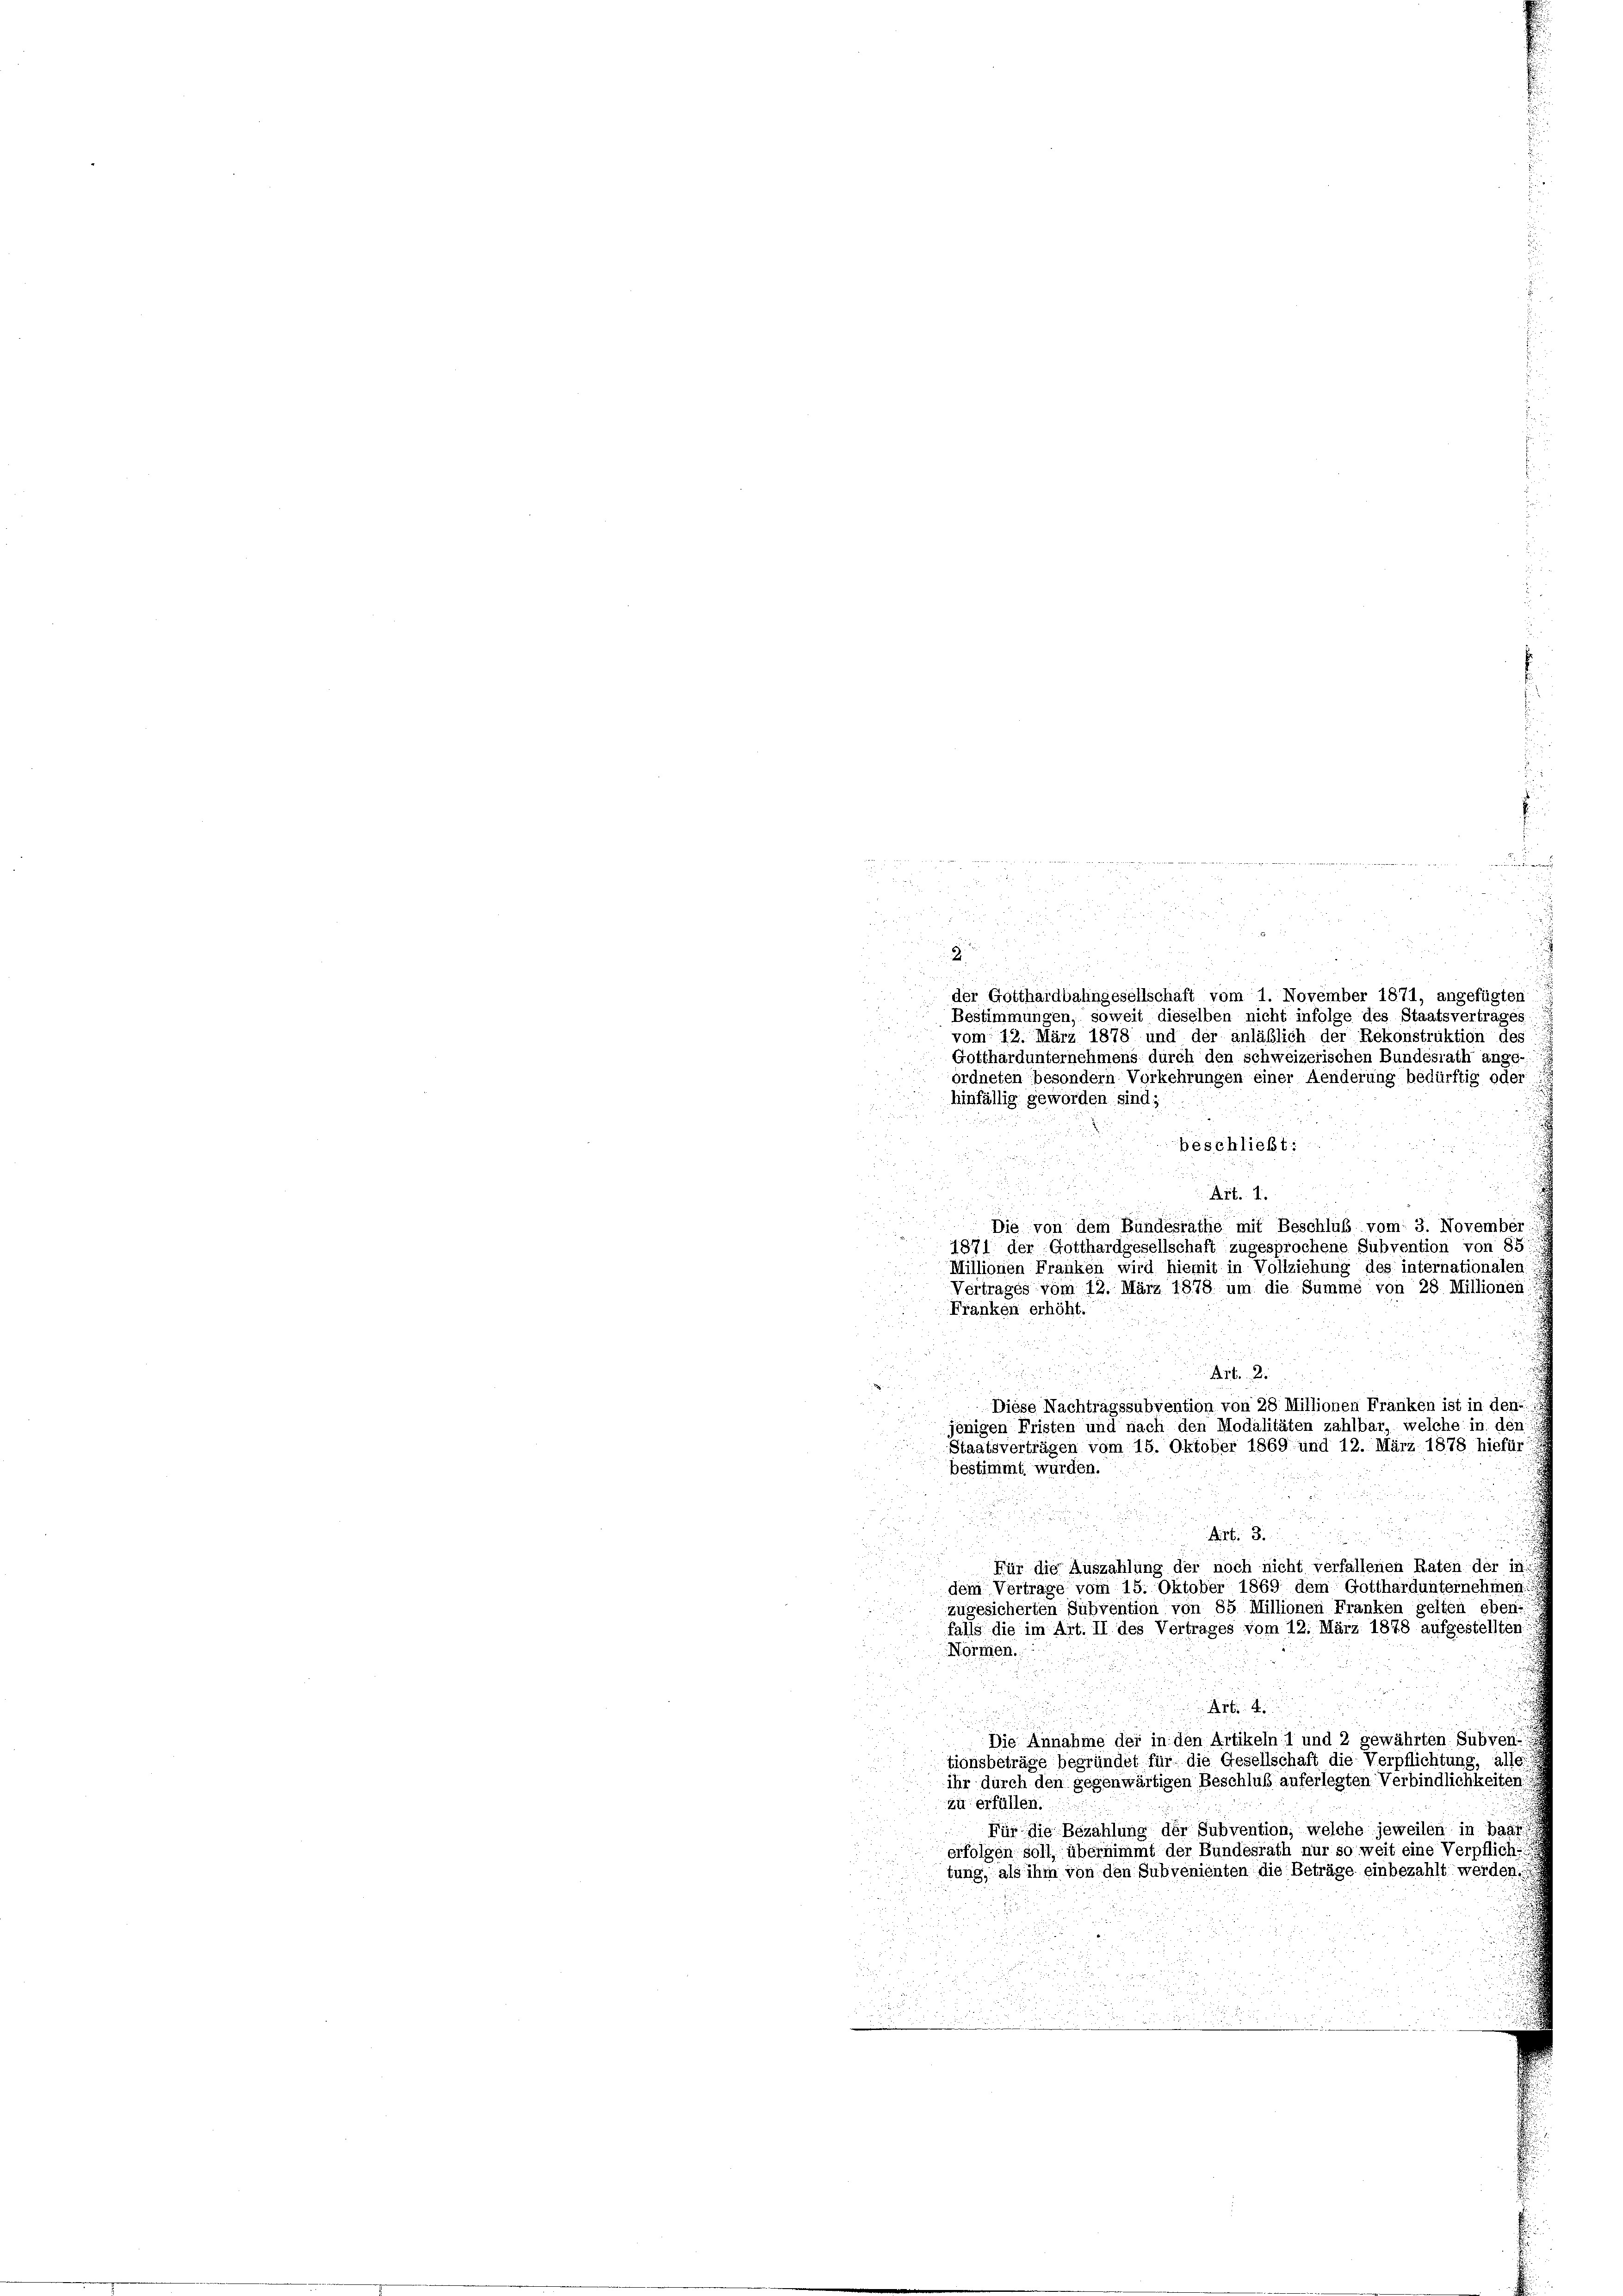
e

e

4
B
22
53
.

.

 0 x
85.

der Gotthardbahngesellschaft vom 1. November 1871, angefügten
Bestimmungen, soweit dieselben nicht infolge des Staatsvertrages
vom 12. März 1878 und der anläßlich der Rekonstruktion des
Gotthardunternehmens durch den schweizerischen Bundesrath ange-
ordneten besondern Vorkehrungen einer Aenderung bedürftig oder
Normen.
i
Art.
subve
Die Annahme der in den Artikeln 1 und
tionsbeträge begründet für die Gesellschaft die Verpflichtung, alle
ihr durch den gegenwärtigen Beschluß auferlegten Verbindlichkeiten
zu erfüllen.
Für die Bezahlung der Subvention, welche jeweilen in baar
erfolgen soll, übernimmt der Bundesrath nur so weit eine Verpfliche
tung, als ihm von den Subvenienten die Beträge einbezahlt werden;

hinfällig geworden sind;

beschließt:
n
Art. 1.
Die von dem Bundesrathe mit Beschluß vom 3. November
1871 der Gotthardgesellschaft zugesprochene Subvention von 85
Millionen Franken wird hiemit in Vollziehung des internationalen
Vertrages vom 12. März 1878 um die Summe von 28. Millionen
Franken erhöht.
Art. 2.
Diese Nachtragssubvention von 28 Millionen Franken ist in den
jenigen Fristen und nach den Modalitäten zahlbar, welche in den
Staatsverträgen vom 15. Oktober 1869 und 12. März 1878 hiefür
bestimmt würden.
Bist
Für die Auszahlung der noch nicht verfallenen Raten der in d
dem Vertrage vom 15. Oktober 1869 dem Gotthardunternehmen:
zugesicherten Subvention von 85 Millionen Franken gelten eben:
falls die im Art. II des Vertrages vom 12. März 1878 aufgestellten